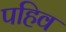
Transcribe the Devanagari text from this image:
पहिव